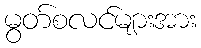
မွတ်စလင်များအား